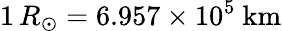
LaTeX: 1\, R_{\odot}=6.957\times 10^{5}{\mathrm{~km}}